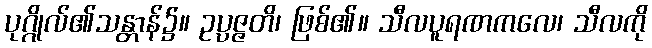
ပုဂ္ဂိုလ်၏သန္တာန်၌။ ဥပ္ပဇ္ဇတိ၊ ဖြစ်၏။ သီလပူရဏကလေ၊ သီလကို